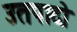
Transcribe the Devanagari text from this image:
उतपादो